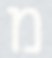
מ